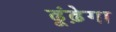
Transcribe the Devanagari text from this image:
ढूंढ़ेगा